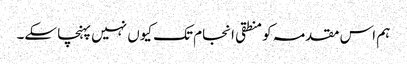
ہم اس مقدمہ کو منطقی انجام تک کیوں نہیں پہنچا سکے۔